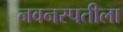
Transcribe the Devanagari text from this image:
नवनस्पतीला